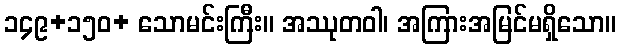
၁၄၉+၁၅၀+ သောမင်းကြီး။ အဿုတဝါ၊ အကြားအမြင်မရှိသော။